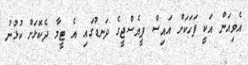
އެވިއަން އަކީ ފަހަކަށް އައިސް ޕީއެސްޖީގެ ދަނޑުގައި އެ ޓީމާ ދެކޮޅަށް ކުޅުނު